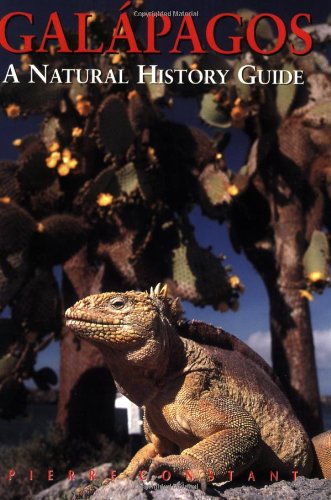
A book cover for Galapagos: A Natural History Guide, Seventh Edition (Odyssey Illustrated Guides); Pierre Constant; Travel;